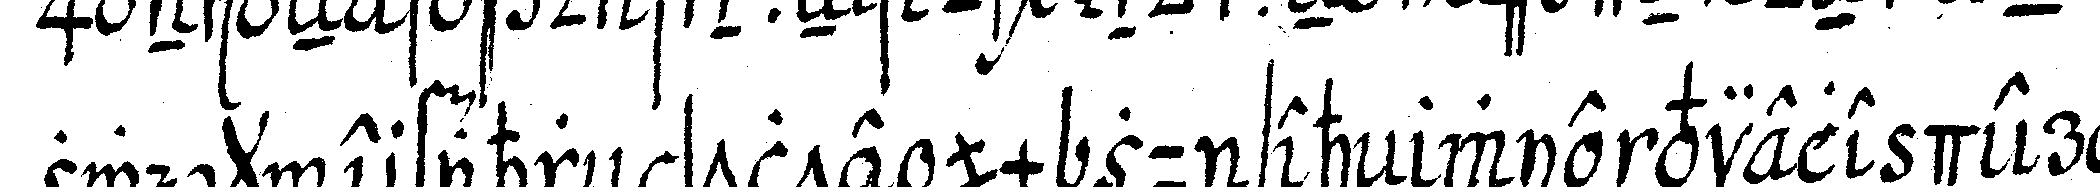
zweck erfahreN solte um zu seheN wie viele der